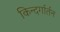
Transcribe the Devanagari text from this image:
किन्दर्गार्तन